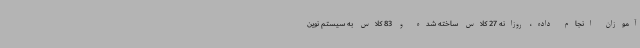
آموزان انجام داده، روزانه 27 کلاس ساخته شده و 83 کلاس به سیستم نوین